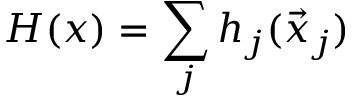
H ( x ) = \sum _ { j } h _ { j } ( \vec { x } _ { j } )